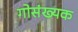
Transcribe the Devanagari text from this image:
गोसंख्यक